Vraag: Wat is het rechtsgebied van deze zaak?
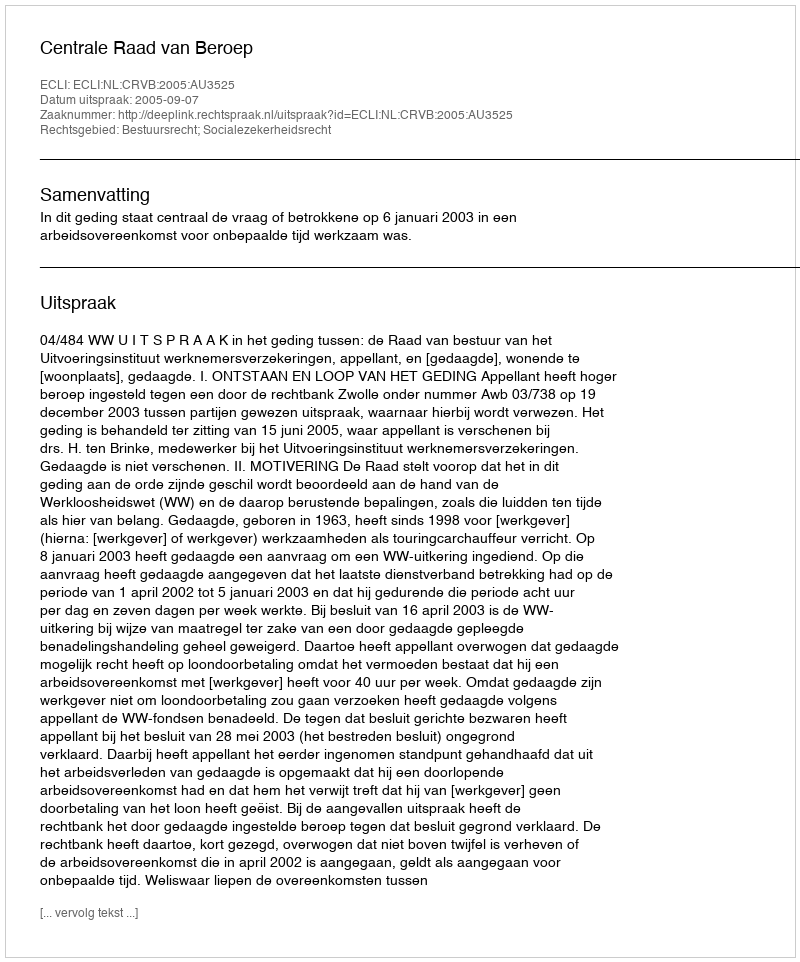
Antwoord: Bestuursrecht; Socialezekerheidsrecht